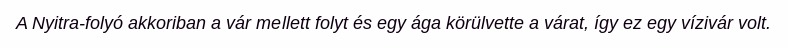
A Nyitra-folyó akkoriban a vár mellett folyt és egy ága körülvette a várat, így ez egy vízivár volt.